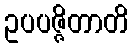
ဥပပဇ္ဇိတာတိ